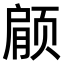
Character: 𫖶